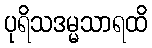
ပုရိသဒမ္မသာရထိ